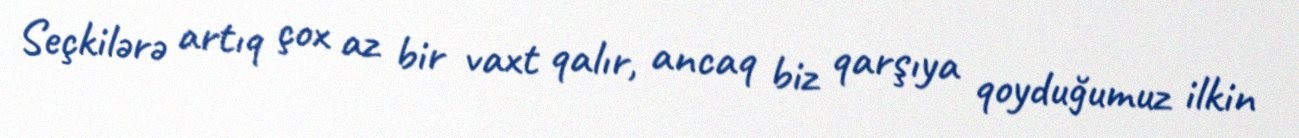
Seçkilərə artıq çox az bir vaxt qalır, ancaq biz qarşıya qoyduğumuz ilkin